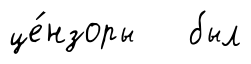
це́нзоры был